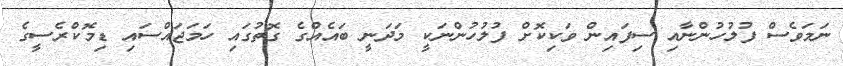
ނަމަވެސް ފުލުހުންނާއި ސިފައިން ވަކިކޮށް ފުލުހުންނަކީ މަދަނީ ބައެއްގެ ގޮތުގައި ހަމަޖައްސައި ޑިމޮކްރެސީގެ